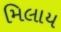
મિલાય